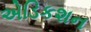
એડિકશન